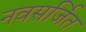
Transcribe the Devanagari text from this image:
नवसर्जित